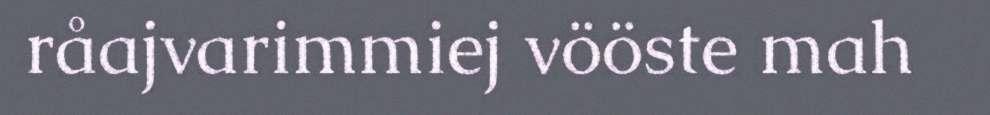
råajvarimmiej vööste mah